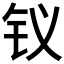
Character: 𮷶